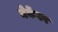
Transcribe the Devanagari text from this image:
मेर्केटर